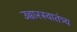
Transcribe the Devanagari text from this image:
उच्चारस्वातंत्र्य